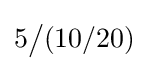
5{\big /}(10/20)